Lunatic asylums Madras 1892-1911 - 1892-1911
Year: 1892
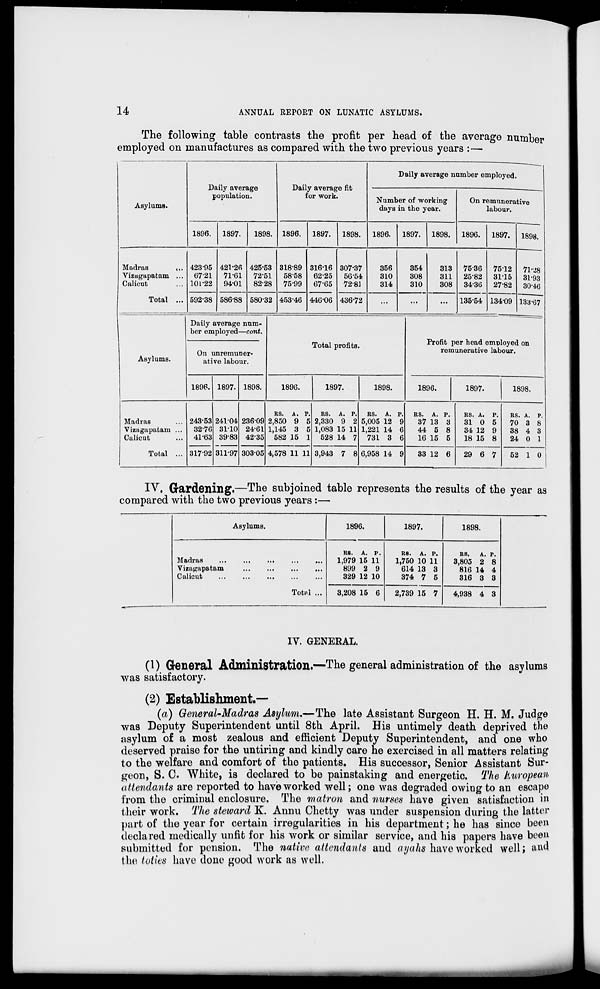
14
ANNUAL REPORT ON LUNATIC ASYLUMS.
The following table contrasts the profit per head of the average number
employed on manufactures as compared with the two previous years :—
Asylums.
TV
„ A4-
D aily average number employed.
population.
for work.
Numb
days
er
in
of working
the year.
On remunerative
labour.
1896.
1897.
1898. 1896. 1897. 1898.
1896. 1897. 1898.
1896.
1897. 1898.
71*28
31-93
30-46
Madras
,..
Vizagapatam ...
Calicut
Total ...
42395
67-21
101-22
421-26
71-61
94-01
425-53
72-51
82-28
31889
58-58
75-99
316-16
62-25
67-65
307-37
56-54
72-81
356
310
314
354
308
310
313
311
308
7536
25-82
34-36
75-12
3115
27-82
592-38 586-88 580-32 453-46 440-06 436-72
...
...
...
135-54 134-09 133-67
Asylums.
Daily average num-
ber employed—cont.
Total profits.
Profit per head employed on
remunerative labour.
On unremuner-
ative labour.
1896. 1897. 1898.
1896.
1897.
1898.
1896.
1897.
1898.
Madras
Vizagapatam ...
Calicut
Total ...
243-53
32-76
41-63
241-04
3110
3983
311-97
23609
24-61
42-35
RS. A. P
2,850 9 £
1,145 3 £
582 15 1
RS. A. P.
» 2,330 9 2
» 1,083 15 11
528 14 7
RS. A.
5,005 12
1,221 14
731 3
P.
9
G
G
RS. A. P.
37 13 3
44 5 8
16 15 5
RS. A. P.
31 0 5
34 12 9
18 15 8
RS. A. P.
70 3 8
38 4 3
24 0 1
317-92
303-05 4,578 11 11 3,943 7 8 6,958 14 9
33 12 6
29 6 7
52 1 0
IV. Gardening.—The subjoined table represents the results of the year as
compared with the two previous years :—■
Asylums.
1896.
1897.
1898.
Madras
Vizagapatam
Calicut
Totxl
RS. A. P.
1,979 15 11
899 2 9
329 12 10
3,208 15 6
RS.
A. P.
1,750 10 11
614 13 3
374 7 5
2,739 15 7
RS.
A. P.
3,805 2 8
816 14 4
316 3 3
4,938 4 3
IV. GENERAL.
(1) General Administration.—The general administration of the asylums
was satisfactory.
(2) Establishment.—
(a) General-Madras Asylum.—The late Assistant Surgeon H. H. M. Judge
was Deputy Superintendent until 8th April. His untimely death deprived the
asylum of a most zealous and efficient Deputy Superintendent, and one who
deserved praise for the untiring and kindly care he exercised in all matters relating
to the welfare and comfort of the patients. His successor, Senior Assistant Sur-
geon, S. 0. White, is declared to be painstaking and energetic. The European
attendants are reported to have worked well; one was degraded owing to an escape
from the criminal enclosure. The matron and nurses have given satisfaction in
their work. The steward K. Annu Chetty was under suspension during the latter
part of the year for certain irregularities in his department; he has since been
declared medically unfit for his work or similar service, and his papers have been
submitted for pension. The native attendants and ayahs have worked well; and
the tvtks have done good work as well.